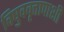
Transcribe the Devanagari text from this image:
विषुववृत्तापाशी